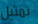
تمثيل